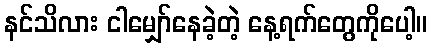
နင်သိလား ငါမျှော်နေခဲ့တဲ့ နေ့ရက်တွေကိုပေါ့။